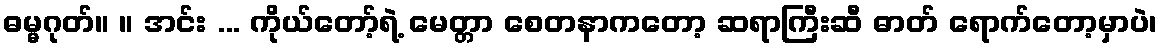
ဓမ္မဂုတ်။ ။ အင်း ... ကိုယ်တော့်ရဲ့ မေတ္တာ စေတနာကတော့ ဆရာကြီးဆီ ဓာတ် ရောက်တော့မှာပဲ၊